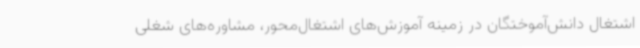
اشتغال دانش‌آموختگان در زمینه آموزش‌های اشتغال‌محور، مشاوره‌های شغلی